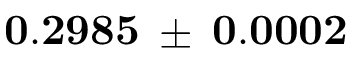
\mathbf { 0 . 2 9 8 5 \: \pm { \: 0 . 0 0 0 2 } }